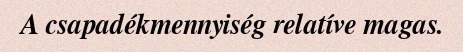
A csapadékmennyiség relatíve magas.